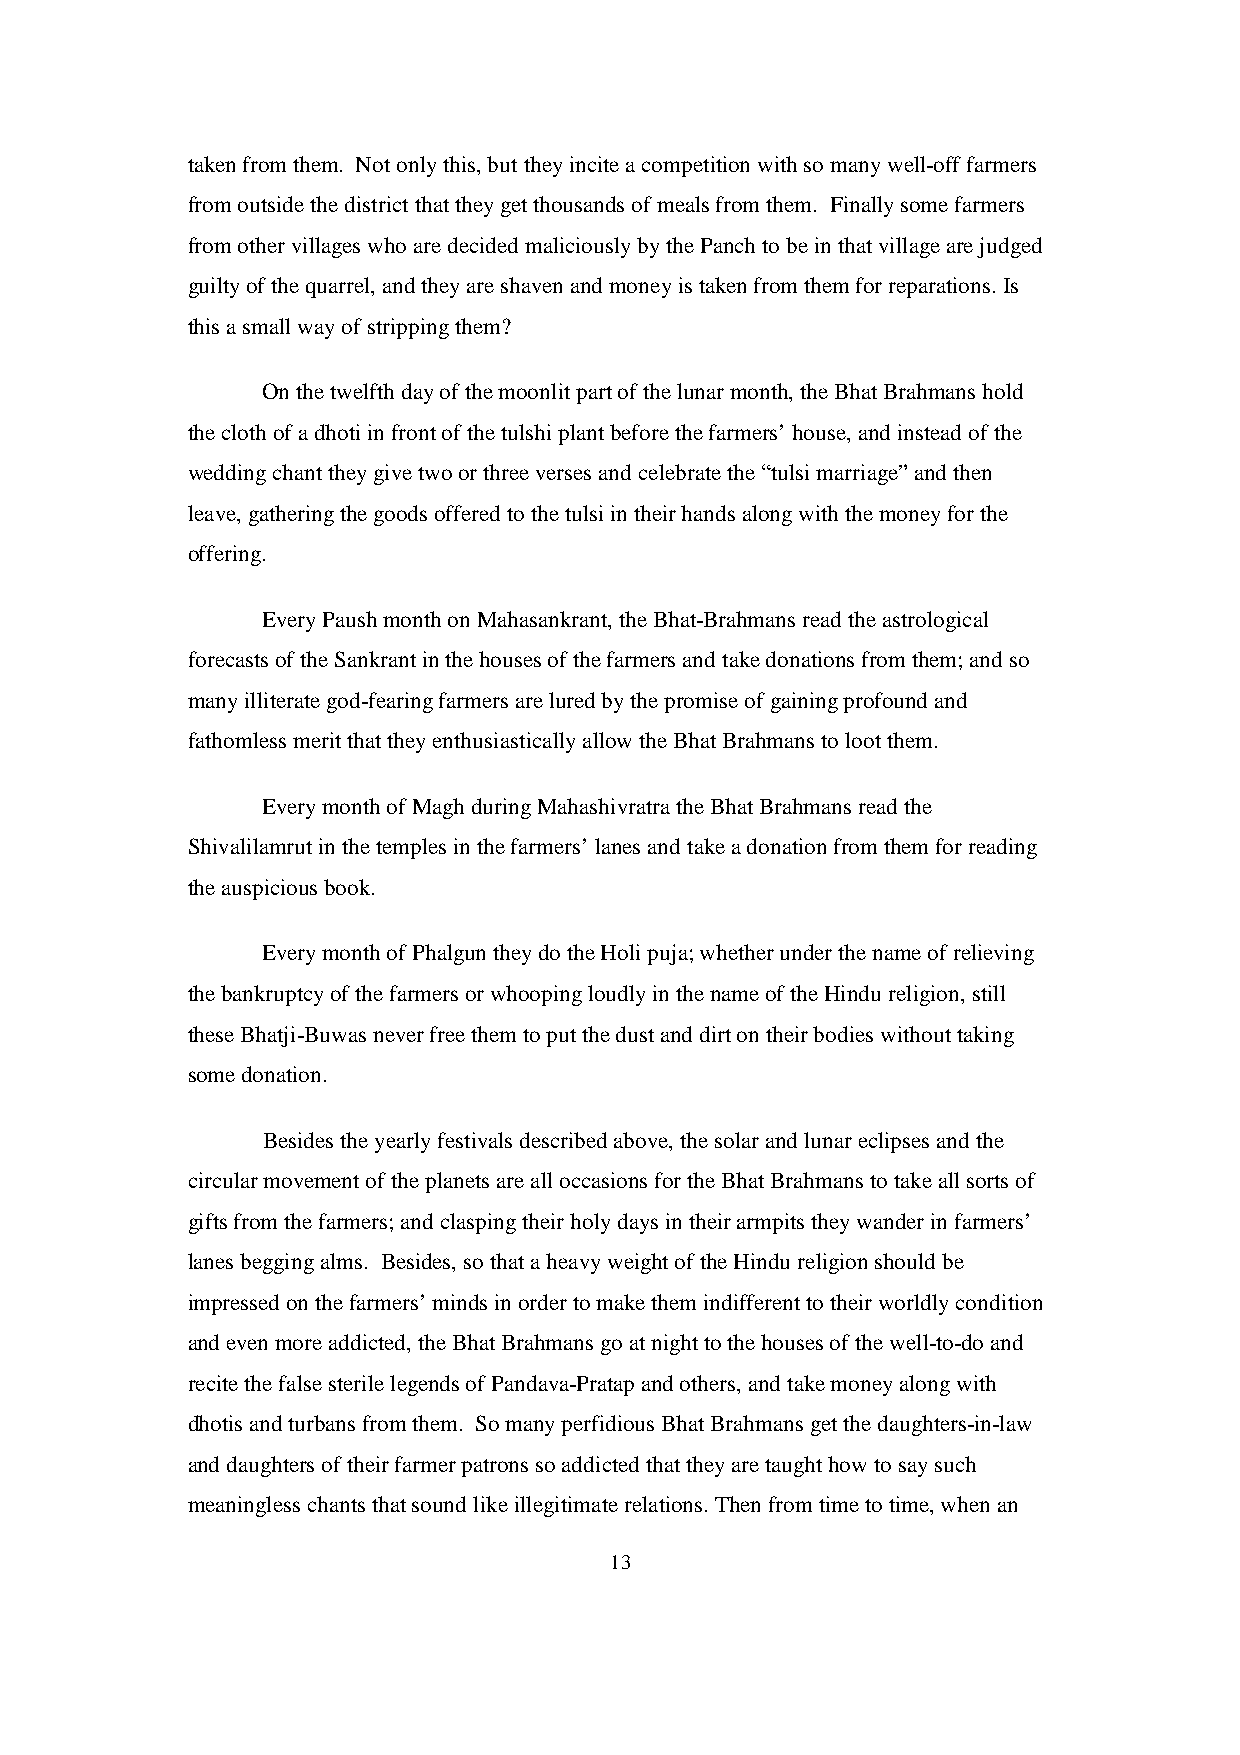
taken from them. Not only this, but they incite a competition with so many well-off farmers
 from outside the district that they get thousands of meals from them. Finally some farmers
 from other villages who are decided maliciously by the Panch to be in that village are judged
 guilty of the quarrel, and they are shaven and money is taken from them for reparations. Is
 this a small way of stripping them?
 On the twelfth day of the moonlit part of the lunar month, the Bhat Brahmans hold
 the cloth of a dhoti in front of the tulshi plant before the farmers’ house, and instead of the
 wedding chant they give two or three verses and celebrate the “tulsi marriage” and then
 leave, gathering the goods offered to the tulsi in their hands along with the money for the
 offering.
 Every Paush month on Mahasankrant, the Bhat-Brahmans read the astrological
 forecasts of the Sankrant in the houses of the farmers and take donations from them; and so
 many illiterate god-fearing farmers are lured by the promise of gaining profound and
 fathomless merit that they enthusiastically allow the Bhat Brahmans to loot them.
 Every month of Magh during Mahashivratra the Bhat Brahmans read the
 Shivalilamrut in the temples in the farmers’ lanes and take a donation from them for reading
 the auspicious book.
 Every month of Phalgun they do the Holi puja; whether under the name of relieving
 the bankruptcy of the farmers or whooping loudly in the name of the Hindu religion, still
 these Bhatji-Buwas never free them to put the dust and dirt on their bodies without taking
 some donation.
 Besides the yearly festivals described above, the solar and lunar eclipses and the
 circular movement of the planets are all occasions for the Bhat Brahmans to take all sorts of
 gifts from the farmers; and clasping their holy days in their armpits they wander in farmers’
 lanes begging alms. Besides, so that a heavy weight of the Hindu religion should be
 impressed on the farmers’ minds in order to make them indifferent to their worldly condition
 and even more addicted, the Bhat Brahmans go at night to the houses of the well-to-do and
 recite the false sterile legends of Pandava-Pratap and others, and take money along with
 dhotis and turbans from them. So many perfidious Bhat Brahmans get the daughters-in-law
 and daughters of their farmer patrons so addicted that they are taught how to say such
 meaningless chants that sound like illegitimate relations. Then from time to time, when an
 13